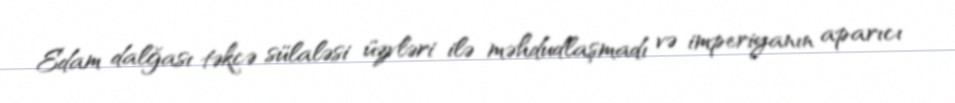
Edam dalğası təkcə sülaləsi üzvləri ilə məhdudlaşmadı və imperiyanın aparıcı